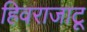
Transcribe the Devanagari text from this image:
हिवराजाटू